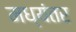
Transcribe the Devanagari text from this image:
मध्‍यंतर